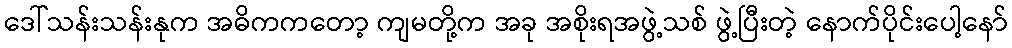
ဒေါ်သန်းသန်းနုက အဓိကကတော့ ကျမတို့က အခု အစိုးရအဖွဲ့သစ် ဖွဲ့ပြီးတဲ့ နောက်ပိုင်းပေါ့နော်